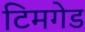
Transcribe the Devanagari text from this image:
टिमगेड